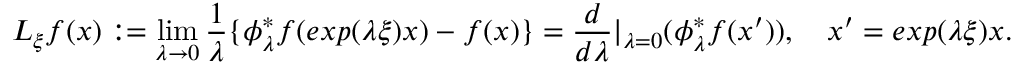
{ L } _ { \xi } f ( x ) : = \operatorname * { l i m } _ { \lambda \rightarrow 0 } \frac { 1 } { \lambda } \{ \phi _ { \lambda } ^ { * } f ( e x p ( \lambda \xi ) x ) - f ( x ) \} = \frac { d } { d \lambda } | _ { \lambda = 0 } ( \phi _ { \lambda } ^ { * } f ( x ^ { \prime } ) ) , \quad x ^ { \prime } = e x p ( \lambda \xi ) x .